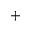
^ +